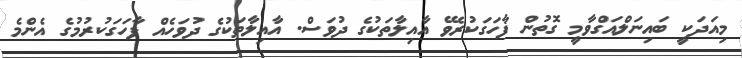
މިއަދަކީ ބައިނަލްއަގްވާމީ ގޮތުން ފާހަގަކުރެވޭ އާއިލާތަކުގެ ދުވަސް. އާއިލާތަކުގެ ދުވަހެއް ފާހަގަކުރުމުގެ އެންމެ